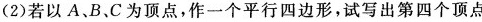
C(6，-2)；(2)若以A、B、C为顶点，